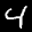
Label: 4